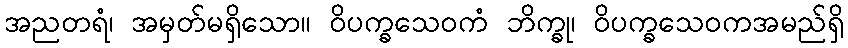
အညတရံ၊ အမှတ်မရှိသော။ ဝိပက္ခသေဝကံ ဘိက္ခု၊ ဝိပက္ခသေဝကအမည်ရှိ